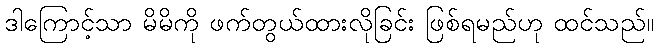
ဒါကြောင့်သာ မိမိကို ဖက်တွယ်ထားလိုခြင်း ဖြစ်ရမည်ဟု ထင်သည်။